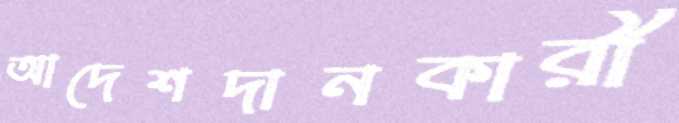
আদেশদানকারী